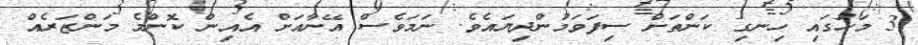
3 މަހުގައި ހިނގި ކަންތަށް ސިފަވަމުންދިޔައެވެ. ނަމަވެސް އޭނާއަށް އެއިން ކޮންމެ މަންޒަރެއް